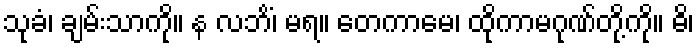
သုခံ၊ ချမ်းသာကို။ န လဘိံ၊ မရ။ တေကာမေ၊ ထိုကာမဂုဏ်တို့ကို။ ဓိ၊